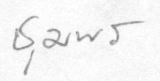
ชุมพร